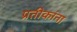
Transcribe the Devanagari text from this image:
प्रतीकांना